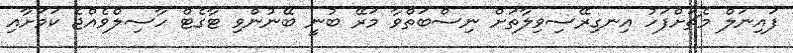
ފައިނަލް މެޗަށްފަހު އިނގިރޭސިވިލާތަށް ނިސްބަތްވާ މަރޭ ބުނީ ބޭނުންވި ޓާގެޓް ހާސިލްވެއްޖެ ކަމަށާއި